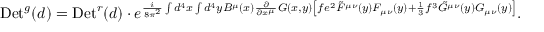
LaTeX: \mathrm { D e t } ^ { g } ( d ) = \mathrm { D e t } ^ { r } ( d ) \cdot e ^ { { \frac { i } { 8 \pi ^ { 2 } } } \int d ^ { 4 } x \int d ^ { 4 } y B ^ { \mu } ( x ) { \frac { \partial } { \partial x ^ { \mu } } } G ( x , y ) \left[ f e ^ { 2 } \tilde { F } ^ { \mu \nu } ( y ) F _ { \mu \nu } ( y ) + { \frac { 1 } { 3 } } f ^ { 3 } \tilde { G } ^ { \mu \nu } ( y ) G _ { \mu \nu } ( y ) \right] } .